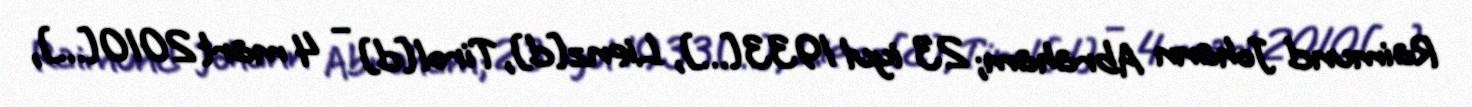
Raimund Johann Abraham; 23 iyul 1933[…], Lienz[d], Tirol[d] – 4 mart 2010[…],